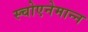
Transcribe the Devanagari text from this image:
स्चोएनेमान्न